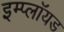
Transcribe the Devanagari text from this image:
इम्प्लॉयड